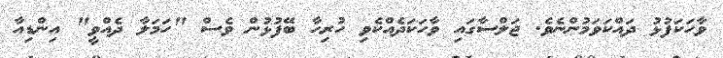
ވާހަކަފުޅު ދައްކަވަމުންނެވެ. ޖަލްސާގައި ވާހަކަދެއްކެވި ހުރިހާ ބޭފުޅުން ވެސް "ހަމަލާ ދެއްވީ" އިންޑިއާ